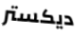
ديكستر